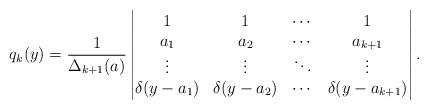
LaTeX: \begin{align*} q_k(y) = \frac{1}{\Delta_{k+1}(a)} \begin{vmatrix} 1 & 1 & \cdots & 1 \\a_1 & a_2 & \cdots & a_{k+1} \\\vdots & \vdots & \ddots & \vdots \\\delta(y-a_1) & \delta(y-a_2) & \cdots & \delta(y-a_{k+1}) \end{vmatrix}. \end{align*}